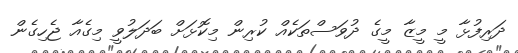
ދަރިފުޅާ މީ މީޒާ މީގެ ދުވަސްތަކެއް ކުރިން މިކޮޅަށް ބަދަލުވީ މިގެއާ ޖެހިގެން